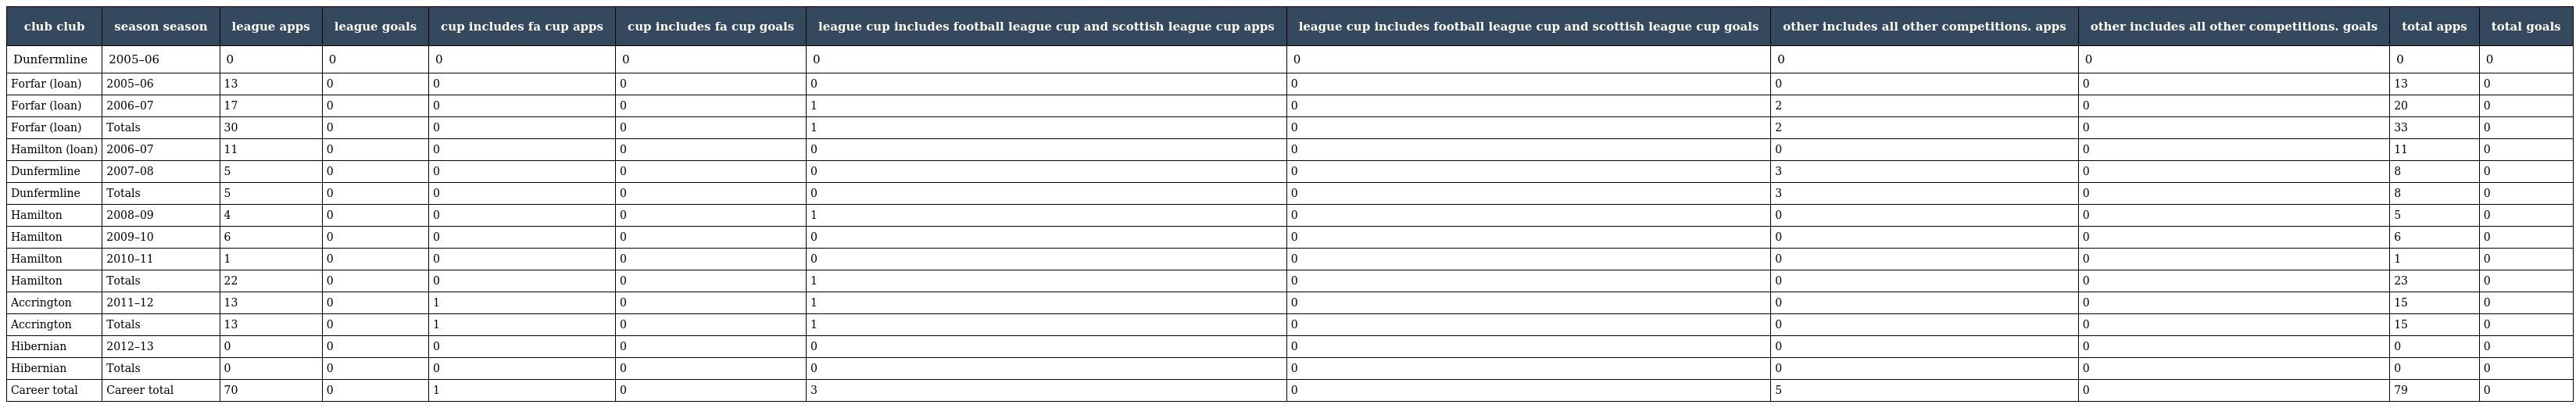
| club club | season season | league apps | league goals | cup includes fa cup apps | cup includes fa cup goals | league cup includes football league cup and scottish league cup apps | league cup includes football league cup and scottish league cup goals | other includes all other competitions. apps | other includes all other competitions. goals | total apps | total goals |
 | --- | --- | --- | --- | --- | --- | --- | --- | --- | --- | --- | --- |
 | Dunfermline | 2005–06 | 0 | 0 | 0 | 0 | 0 | 0 | 0 | 0 | 0 | 0 |
 | Forfar (loan) | 2005–06 | 13 | 0 | 0 | 0 | 0 | 0 | 0 | 0 | 13 | 0 |
 | Forfar (loan) | 2006–07 | 17 | 0 | 0 | 0 | 1 | 0 | 2 | 0 | 20 | 0 |
 | Forfar (loan) | Totals | 30 | 0 | 0 | 0 | 1 | 0 | 2 | 0 | 33 | 0 |
 | Hamilton (loan) | 2006–07 | 11 | 0 | 0 | 0 | 0 | 0 | 0 | 0 | 11 | 0 |
 | Dunfermline | 2007–08 | 5 | 0 | 0 | 0 | 0 | 0 | 3 | 0 | 8 | 0 |
 | Dunfermline | Totals | 5 | 0 | 0 | 0 | 0 | 0 | 3 | 0 | 8 | 0 |
 | Hamilton | 2008–09 | 4 | 0 | 0 | 0 | 1 | 0 | 0 | 0 | 5 | 0 |
 | Hamilton | 2009–10 | 6 | 0 | 0 | 0 | 0 | 0 | 0 | 0 | 6 | 0 |
 | Hamilton | 2010–11 | 1 | 0 | 0 | 0 | 0 | 0 | 0 | 0 | 1 | 0 |
 | Hamilton | Totals | 22 | 0 | 0 | 0 | 1 | 0 | 0 | 0 | 23 | 0 |
 | Accrington | 2011–12 | 13 | 0 | 1 | 0 | 1 | 0 | 0 | 0 | 15 | 0 |
 | Accrington | Totals | 13 | 0 | 1 | 0 | 1 | 0 | 0 | 0 | 15 | 0 |
 | Hibernian | 2012–13 | 0 | 0 | 0 | 0 | 0 | 0 | 0 | 0 | 0 | 0 |
 | Hibernian | Totals | 0 | 0 | 0 | 0 | 0 | 0 | 0 | 0 | 0 | 0 |
 | Career total | Career total | 70 | 0 | 1 | 0 | 3 | 0 | 5 | 0 | 79 | 0 |